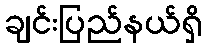
ချင်းပြည်နယ်ရှိ